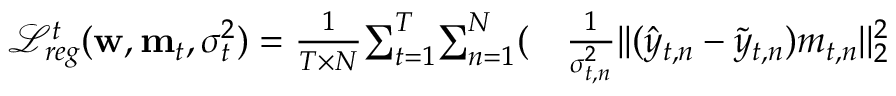
\begin{array} { r l } { \mathcal { L } _ { r e g } ^ { t } ( \mathbf { w } , \mathbf { m } _ { t } , \sigma _ { t } ^ { 2 } ) = \frac { 1 } { T \times N } { \sum _ { t = 1 } ^ { T } } { \sum _ { n = 1 } ^ { N } } ( } & { { } \frac { 1 } { \sigma _ { t , n } ^ { 2 } } | | ( \hat { y } _ { t , n } - \tilde { y } _ { t , n } ) m _ { t , n } | | _ { 2 } ^ { 2 } } \end{array}